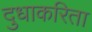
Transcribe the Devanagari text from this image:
दुधाकरिता